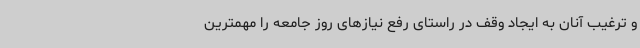
و ترغیب آنان به ایجاد وقف در راستای رفع نیازهای روز جامعه را مهمترین